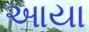
આયા